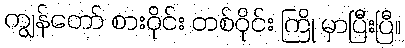
ကျွန်တော် စားဝိုင်း တစ်ဝိုင်း ကြို မှာပြီးပြီ။